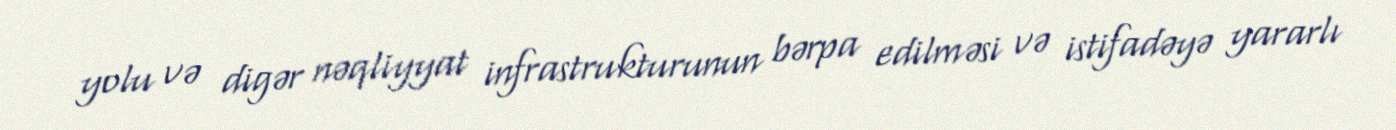
yolu və digər nəqliyyat infrastrukturunun bərpa edilməsi və istifadəyə yararlı